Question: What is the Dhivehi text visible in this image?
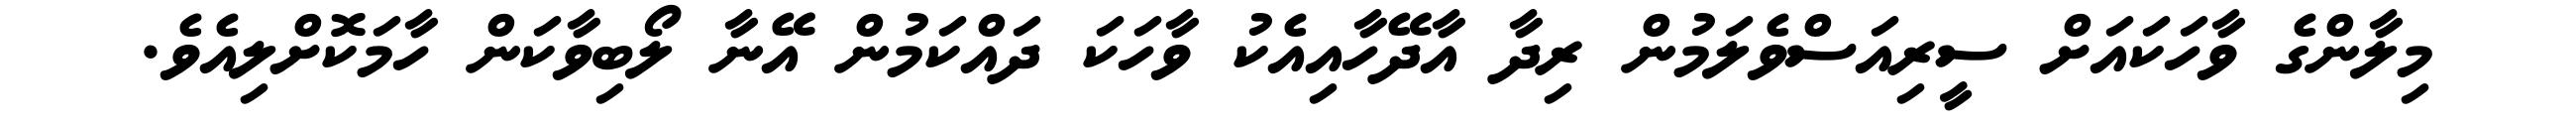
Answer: މިލާންގެ ވާހަކައަށް ސީރިއަސްވެލަމުން ރިދާ އާދޭހާއިއެކު ވާހަކަ ދައްކަމުން އޭނާ ލޯބިވާކަން ހާމަކޮށްލިއެވެ.